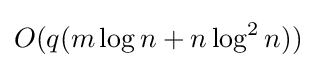
O(q(m\log n+n\log ^{2}n))